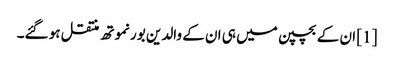
[1] ان کے بچپن میں ہی ان کے والدین بورنموتھ منتقل ہو گئے۔